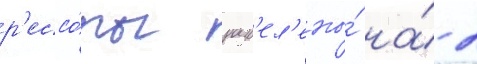
р'ессо́ры разд'ел'ены́ на́ 2